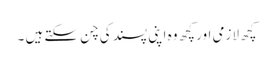
کچھ لازمی اور کچھ وہ اپنی پسند کی چن سکتے ہیں ۔